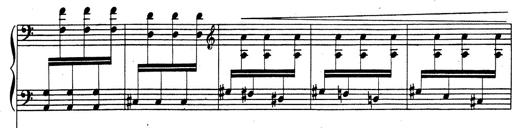
Title: Rhapsodie espagnole
Composer: Franz Liszt